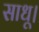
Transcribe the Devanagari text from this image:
साधू।